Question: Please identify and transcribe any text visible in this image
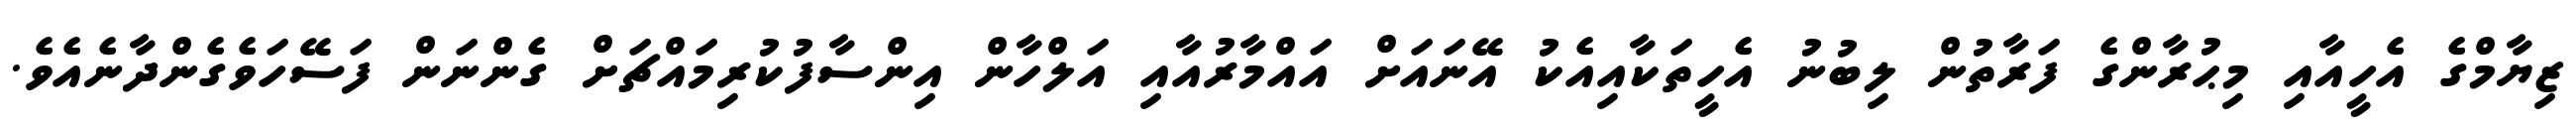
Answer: ޒިޔާމްގެ އެހީއާއި މިޙުރާންގެ ފަރާތުން ލިބުނު އެހީތަކާއިއެކު އޭނައަށް އައްމާރުއާއި އަލްހާން އިންސާފުކުރިމައްޗަށް ގެންނަން ފަސޭހަވެގެންދާނެއެވެ.